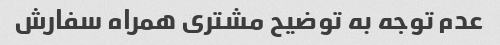
عدم توجه به توضیح مشتری همراه سفارش